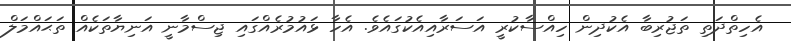
އެހިތްދަތި ތަޖުރިބާ އެކުދިން ހިއްސާކުރީ އަސަރާއިއެކުގައެވެ. އެހާ ޅައުމުރެއްގައި ޖިސްމާނީ އަނިޔާތަކެއް ތަޙައްމަލް